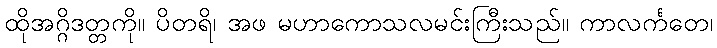
ထိုအဂ္ဂိဒတ္တကို။ ပိတရိ၊ အဖ မဟာကောသလမင်းကြီးသည်။ ကာလင်္ကတေ၊